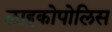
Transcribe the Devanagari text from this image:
लाइकोपोलिस